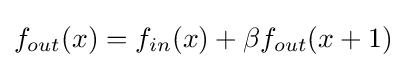
f_{out}(x)=f_{in}(x)+\beta f_{out}(x+1)